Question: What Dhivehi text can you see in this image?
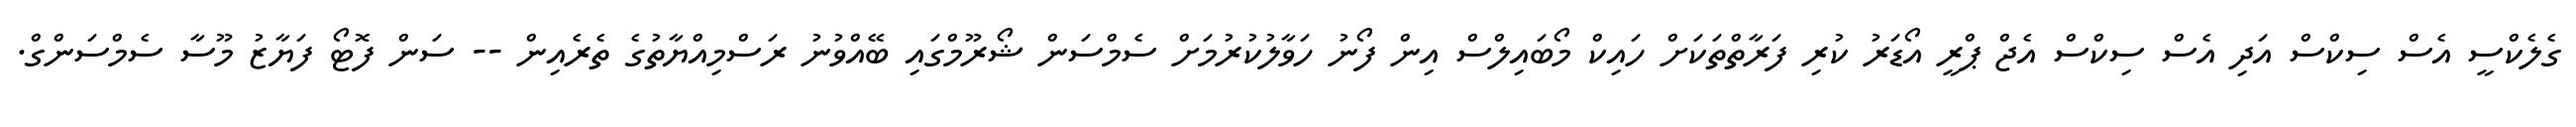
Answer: ގެލެކްސީ އެސް ސިކްސް އަދި އެސް ސިކްސް އެޖް ޕްރީ އޯޑަރު ކުރި ފަރާތްތަކަށް ހައިކް މޯބައިލްސް އިން ފޯނު ހަވާލުކުރުމަށް ސެމްސަން ޝޯރޫމްގައި ބޭއްވުނު ރަސްމިއްޔާތުގެ ތެރެއިން -- ސަން ފޮޓޯ ފަޔާޒު މޫސާ ސެމްސަންގް.